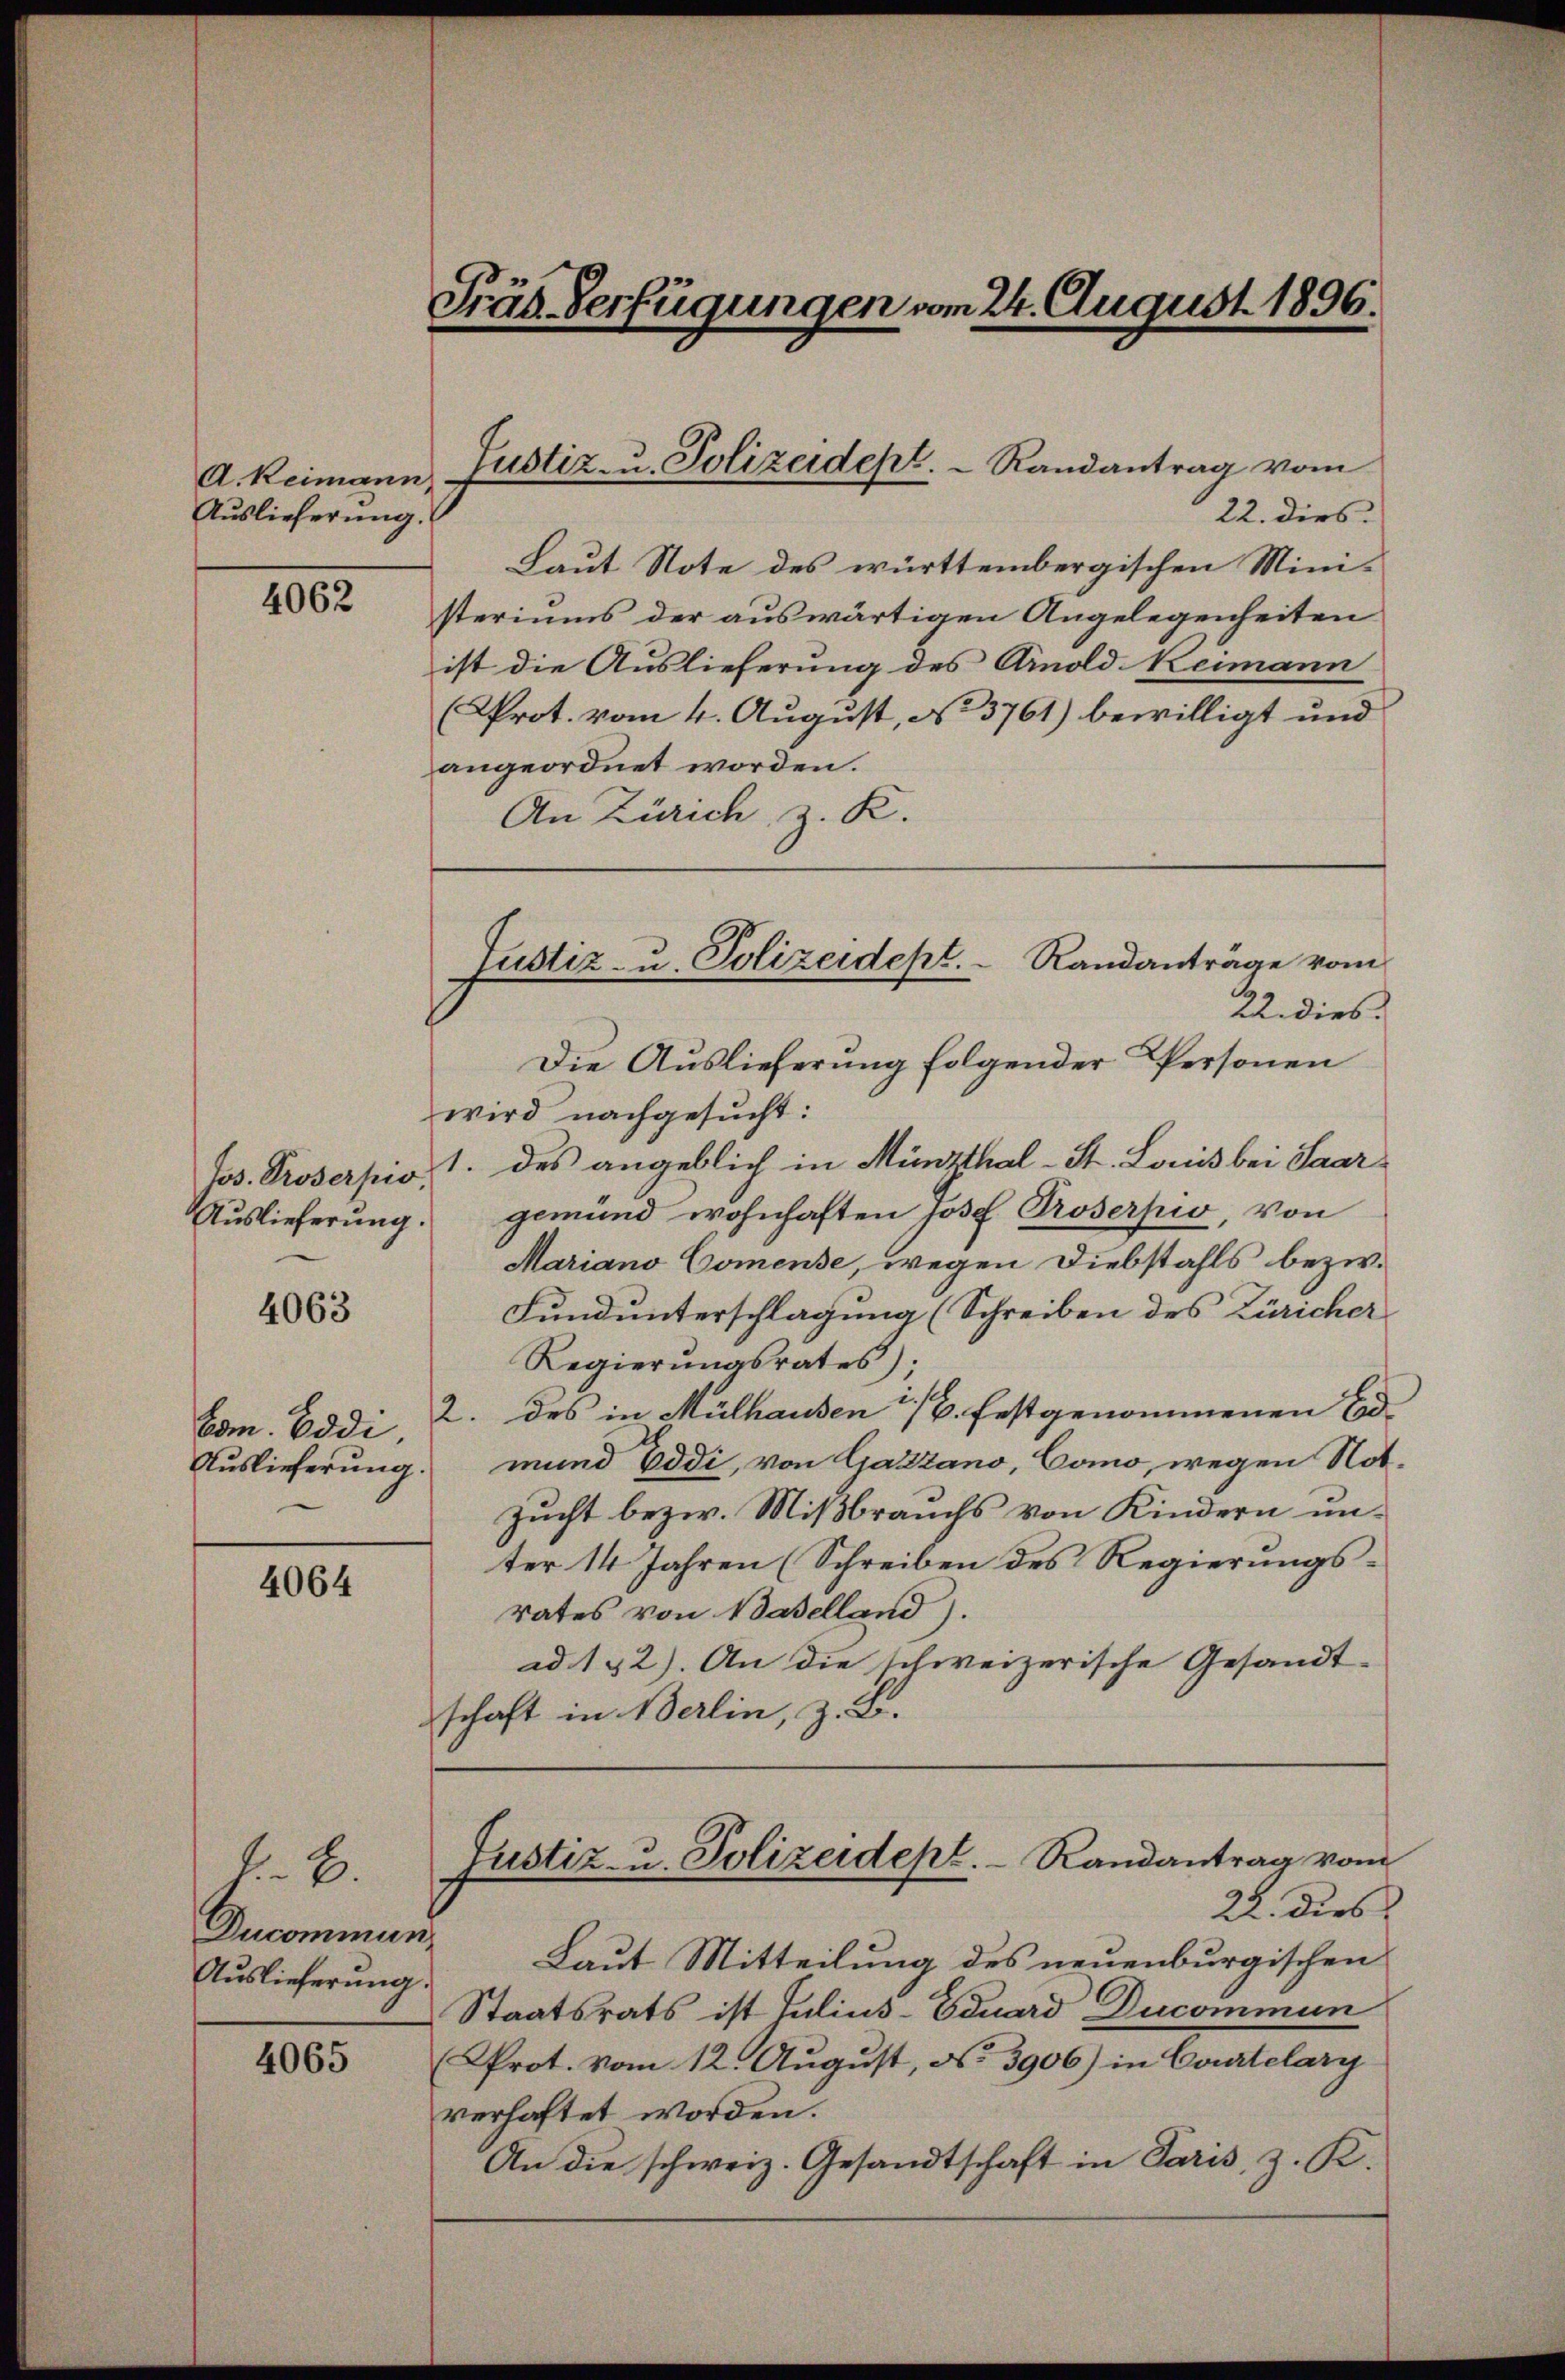
A. Reimann,
Auslieferung.

4062

4063

Auslieferung.

4064

A. E.
Ducommun
Auslieferung.

4065

Auslieferung.

22. dies
Laut Note des württembergischen Ministeriums der auswärtigen Angelegenheiten
ist die Auslieferung des Amold Keimann
Prot. vom 4. August, No. 3761) bewilligt und
angeordnet worden.
An Zürich, z. K.
22. dies.
Die Auslieferung folgender Personen
wird nachgesucht:
Jos. Proserpio, 1. des angeblich in Münzthal- St. Louis bei Saargemünd wohnhaften Josef Proserpio, von
Mariano Comense, wegen Diebstahls bezw.
Fundunterschlagung (Schreiben des Züricher
Regierŭngsrates);
Com. Eddi 2. des in Mülhausen 1/6. festgenommenen Eidmund Eddi, von Gatzano, Como, wegen Not.
Zucht bezw. Mißbrauchs von Kindern unter 14 Jahren (Schreiben des Regierungsrates von Baselland).
ad 142). An die schweizerische Gesandt-
schaft in Berlin, z. B.
Justiz- u. Polizeidept. Randantrag vom
22. dies
Laut Mitteilung des neuenburgischen
Staatsrats ist Julius-Eduard Ducommun
Prot. vom 12. August, No. 3906) in Courtelary
verhaftet worden.
An die schweiz. Gesandtschaft in Paris, z. K.

Präs. Verfügungen vom 24. August 1896.

Justiz- u. Polizeidept.   Randantrag vom

Justiz- u. Polizeidept. Randanträge vom